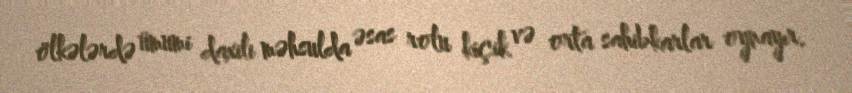
ölkələrdə ümumi daxili məhsulda əsas rolu kiçik və orta sahibkarlar oynayır.